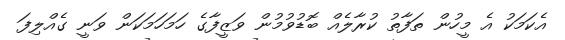
އެކަމަކު އެ މީހުން ތަފާތު ކުރާލެއް ބޮޑުވުމުން ވަޒީފާގެ ހަމަހަމަކަން ވަނީ ގެއްލިފަ